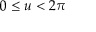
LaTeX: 0 \leq u < 2 \pi